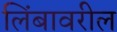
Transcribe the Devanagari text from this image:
लिंबावरील